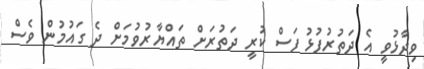
ވިދާޅުވީ އެ ދަތުރުފުޅު ފަސް ކުރީ ދަތުރަށް ތައްޔާރުވުމަށް ދެ ގައުމުން ވެސް